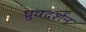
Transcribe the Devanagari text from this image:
ध्रुवदर्शन